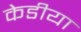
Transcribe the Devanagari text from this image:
केडीया